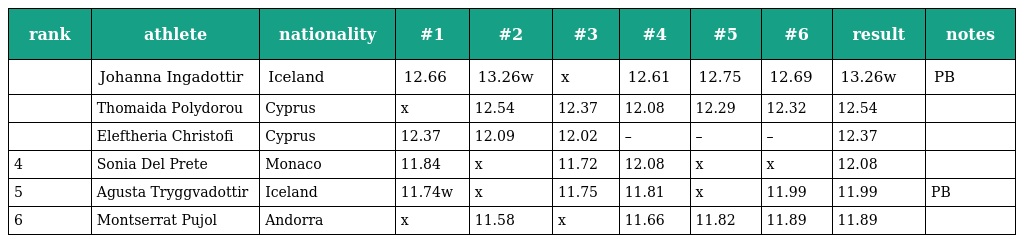
| rank | athlete | nationality | #1 | #2 | #3 | #4 | #5 | #6 | result | notes |
 | --- | --- | --- | --- | --- | --- | --- | --- | --- | --- | --- |
 |  | Johanna Ingadottir | Iceland | 12.66 | 13.26w | x | 12.61 | 12.75 | 12.69 | 13.26w | PB |
 |  | Thomaida Polydorou | Cyprus | x | 12.54 | 12.37 | 12.08 | 12.29 | 12.32 | 12.54 |  |
 |  | Eleftheria Christofi | Cyprus | 12.37 | 12.09 | 12.02 | – | – | – | 12.37 |  |
 | 4 | Sonia Del Prete | Monaco | 11.84 | x | 11.72 | 12.08 | x | x | 12.08 |  |
 | 5 | Agusta Tryggvadottir | Iceland | 11.74w | x | 11.75 | 11.81 | x | 11.99 | 11.99 | PB |
 | 6 | Montserrat Pujol | Andorra | x | 11.58 | x | 11.66 | 11.82 | 11.89 | 11.89 |  |